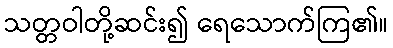
သတ္တဝါတို့ဆင်း၍ ရေသောက်ကြ၏။